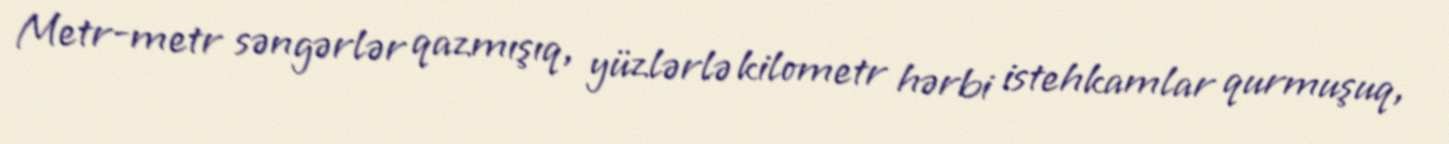
Metr-metr səngərlər qazmışıq, yüzlərlə kilometr hərbi istehkamlar qurmuşuq,